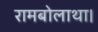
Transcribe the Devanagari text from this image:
रामबोलाथा।